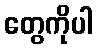
တွေကိုပါ